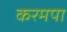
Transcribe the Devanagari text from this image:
करमपा